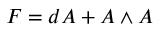
F = d A + A \wedge A